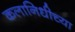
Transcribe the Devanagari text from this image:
कलानिधीच्या